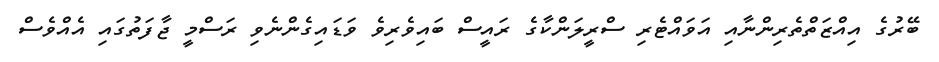
ބޭރުގެ އިއްޒަތްތެރިންނާއި އަވައްޓެރި ސްރީލަންކާގެ ރައީސް ބައިވެރިވެ ވަޑައިގެންނެވި ރަސްމީ ޖާފަތުގައި އެއްވެސް